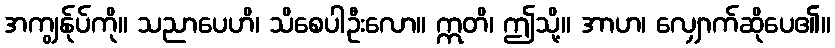
အကျွန်ုပ်ကို။ သညာပေဟိ၊ သိစေပါဦးလော။ ဣတိ၊ ဤသို့။ အာဟ၊ လျှောက်ဆိုပေ၏။